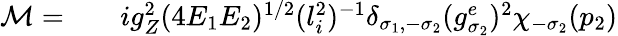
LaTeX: \begin{array}{rlr}{{\cal M}=}&{{}}&{ig_{Z}^{2}(4E_{1}E_{2})^{1/2}(l_{i}^{2})^{-1}\delta_{\sigma_{1},-\sigma_{2}}(g_{\sigma_{2}}^{e})^{2}\chi_{-\sigma_{2}}(p_{2})}\end{array}